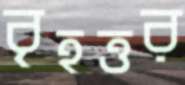
বৃহত্তর